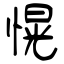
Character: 愰